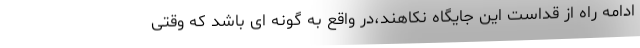
ادامه راه از قداست این جایگاه نکاهند،در واقع به گونه ای باشد که وقتی